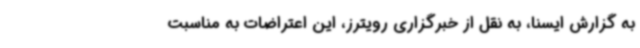
به گزارش ایسنا، به نقل از خبرگزاری رویترز، این اعتراضات به مناسبت